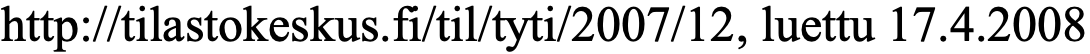
http://tilastokeskus.fi/til/tyti/2007/12, luettu 17.4.2008